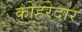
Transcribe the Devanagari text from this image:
कोहरेदार